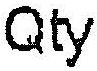
QTY